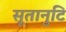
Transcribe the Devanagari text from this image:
सूतानुटि